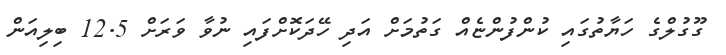
ގޫގުލްގެ ހަޔާތުގައި ކުންފުންޏެއް ގަތުމަށް އަދި ހޭދަކޮށްފައި ނުވާ ވަރަށް 12.5 ބިލިއަން